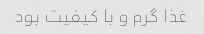
غذا گرم و با کیفیت بود